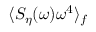
\langle S _ { \eta } ( \omega ) \omega ^ { 4 } \rangle _ { f }